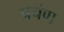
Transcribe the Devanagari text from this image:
प्रचंण